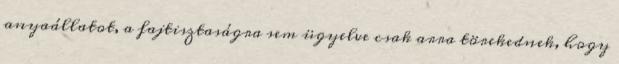
anyaállatot, a fajtisztaságra sem ügyelve csak arra törekednek, hogy